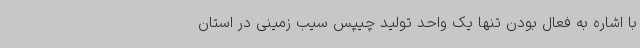
با اشاره به فعال بودن تنها یک واحد تولید چیپس سیب زمینی در استان